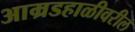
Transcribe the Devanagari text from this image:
आम्रडहाळीवरील